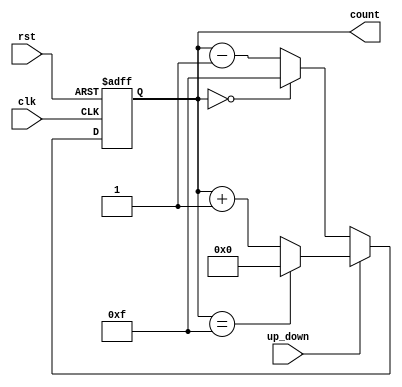
module UpDownCounter (
    input wire clk,             // Clock input
    input wire rst,             // Reset input (asynchronous)
    input wire up_down,         // Up/Down control input
    output reg [N-1:0] count    // Count output, N is the width of the counter
);
    parameter N = 4;            // Width of the counter (adjust as needed)
    parameter MAX_COUNT = (1 << N) - 1; // Maximum count value (2^N - 1)

    // Asynchronous reset
    always @(posedge clk or posedge rst) begin
        if (rst) begin
            count <= 0;         // Reset the counter to zero
        end else begin
            if (up_down) begin   // Count up
                if (count == MAX_COUNT) begin
                    count <= 0;   // Wrap around to zero
                end else begin
                    count <= count + 1; // Increment count
                end
            end else begin        // Count down
                if (count == 0) begin
                    count <= MAX_COUNT; // Wrap around to max value
                end else begin
                    count <= count - 1; // Decrement count
                end
            end
        end
    end
endmodule